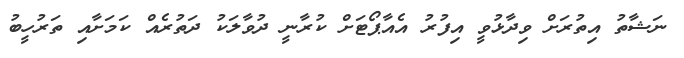
ނަޝާތު އިތުރަށް ވިދާޅުވީ އިފުރު އެއާޕޯޓަށް ކުރާނީ ދުވާލަކު ދަތުރެއް ކަމަށާއި ތަރުހީބު